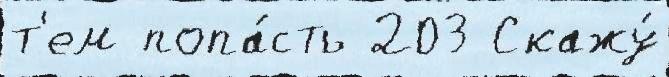
т'ем попа́сть 203 Скажу́